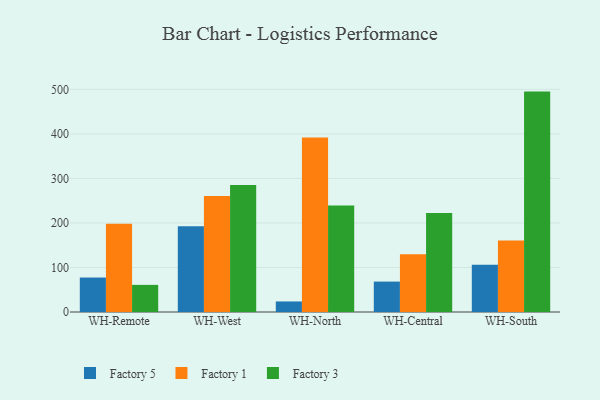
{"axis": {"x": "Warehouse", "y": "Tickets Resolved"}, "legend": ["Factory 1", "Factory 3", "Factory 5"], "data": [{"x": "WH-Remote", "y": 77.4, "type": "Factory 5"}, {"x": "WH-Remote", "y": 198.0, "type": "Factory 1"}, {"x": "WH-Remote", "y": 60.9, "type": "Factory 3"}, {"x": "WH-West", "y": 192.6, "type": "Factory 5"}, {"x": "WH-West", "y": 260.4, "type": "Factory 1"}, {"x": "WH-West", "y": 285.4, "type": "Factory 3"}, {"x": "WH-North", "y": 23.7, "type": "Factory 5"}, {"x": "WH-North", "y": 391.8, "type": "Factory 1"}, {"x": "WH-North", "y": 239.1, "type": "Factory 3"}, {"x": "WH-Central", "y": 68.3, "type": "Factory 5"}, {"x": "WH-Central", "y": 129.7, "type": "Factory 1"}, {"x": "WH-Central", "y": 222.1, "type": "Factory 3"}, {"x": "WH-South", "y": 106.2, "type": "Factory 5"}, {"x": "WH-South", "y": 160.5, "type": "Factory 1"}, {"x": "WH-South", "y": 494.9, "type": "Factory 3"}]}